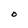
Character: o